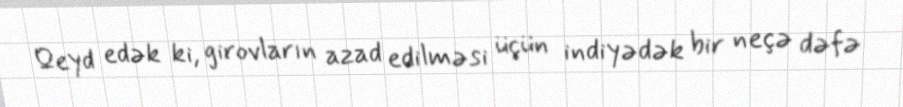
Qeyd edək ki, girovların azad edilməsi üçün indiyədək bir neçə dəfə